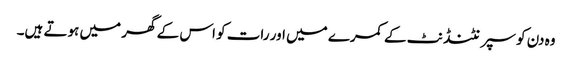
وہ دن کو سپرنٹنڈنٹ کے کمرے میں اور رات کو اس کے گھر میں ہوتے ہیں۔